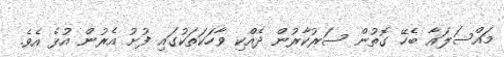
މައްސަލައާ ބެހޭ ގޮތުން ސަރުކާރުން ދެއްކި ވާހަކަތަކުގައި ފުށު އެރުން އުޅެ އެވެ.